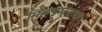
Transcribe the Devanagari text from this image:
मिळणार्‍याया